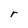
Character: r